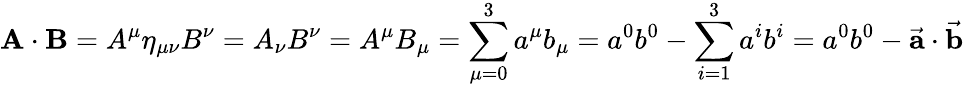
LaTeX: \mathbf{A}\cdot\mathbf{B}=A^{\mu}\eta_{\mu\nu}B^{\nu}=A_{\nu}B^{\nu}=A^{\mu}B_{\mu}=\sum_{\mu=0}^{3}a^{\mu}b_{\mu}=a^{0}b^{0}-\sum_{i=1}^{3}a^{i}b^{i}=a^{0}b^{0}-{\vec{\mathbf{a}}}\cdot{\vec{\mathbf{b}}}